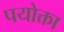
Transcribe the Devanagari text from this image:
पयोक्ता